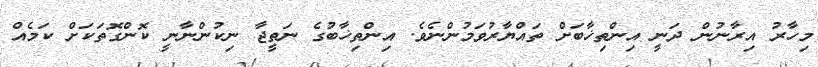
މިހާރު އިރާނުން ދަނީ އިންތިޚާބަށް ތައްޔާރުވަމުންނެވެ. އިންތިޚާބުގެ ނަތީޖާ ނިކުންނާނީ ކޮންގޮތަކަށް ކަމެއް